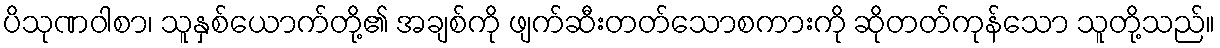
ပိသုဏဝါစာ၊ သူနှစ်ယောက်တို့၏ အချစ်ကို ဖျက်ဆီးတတ်သောစကားကို ဆိုတတ်ကုန်သော သူတို့သည်။